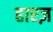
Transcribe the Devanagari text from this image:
हाएज़